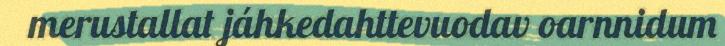
merustallat jáhkedahttevuodav oarnnidum